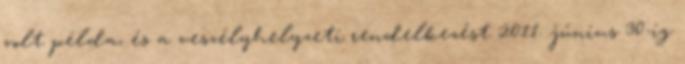
volt példa, és a veszélyhelyzeti rendelkezést 2011. június 30-ig